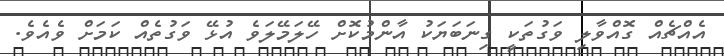
އެއްޗެއް ގޮއްވާލި ވަގުތަކީ ގިނަބަޔަކު އާންމުކޮށް ހޭލަމޭލަވެ އުޅޭ ވަގުތެއް ކަމަށް ވެއެވެ.